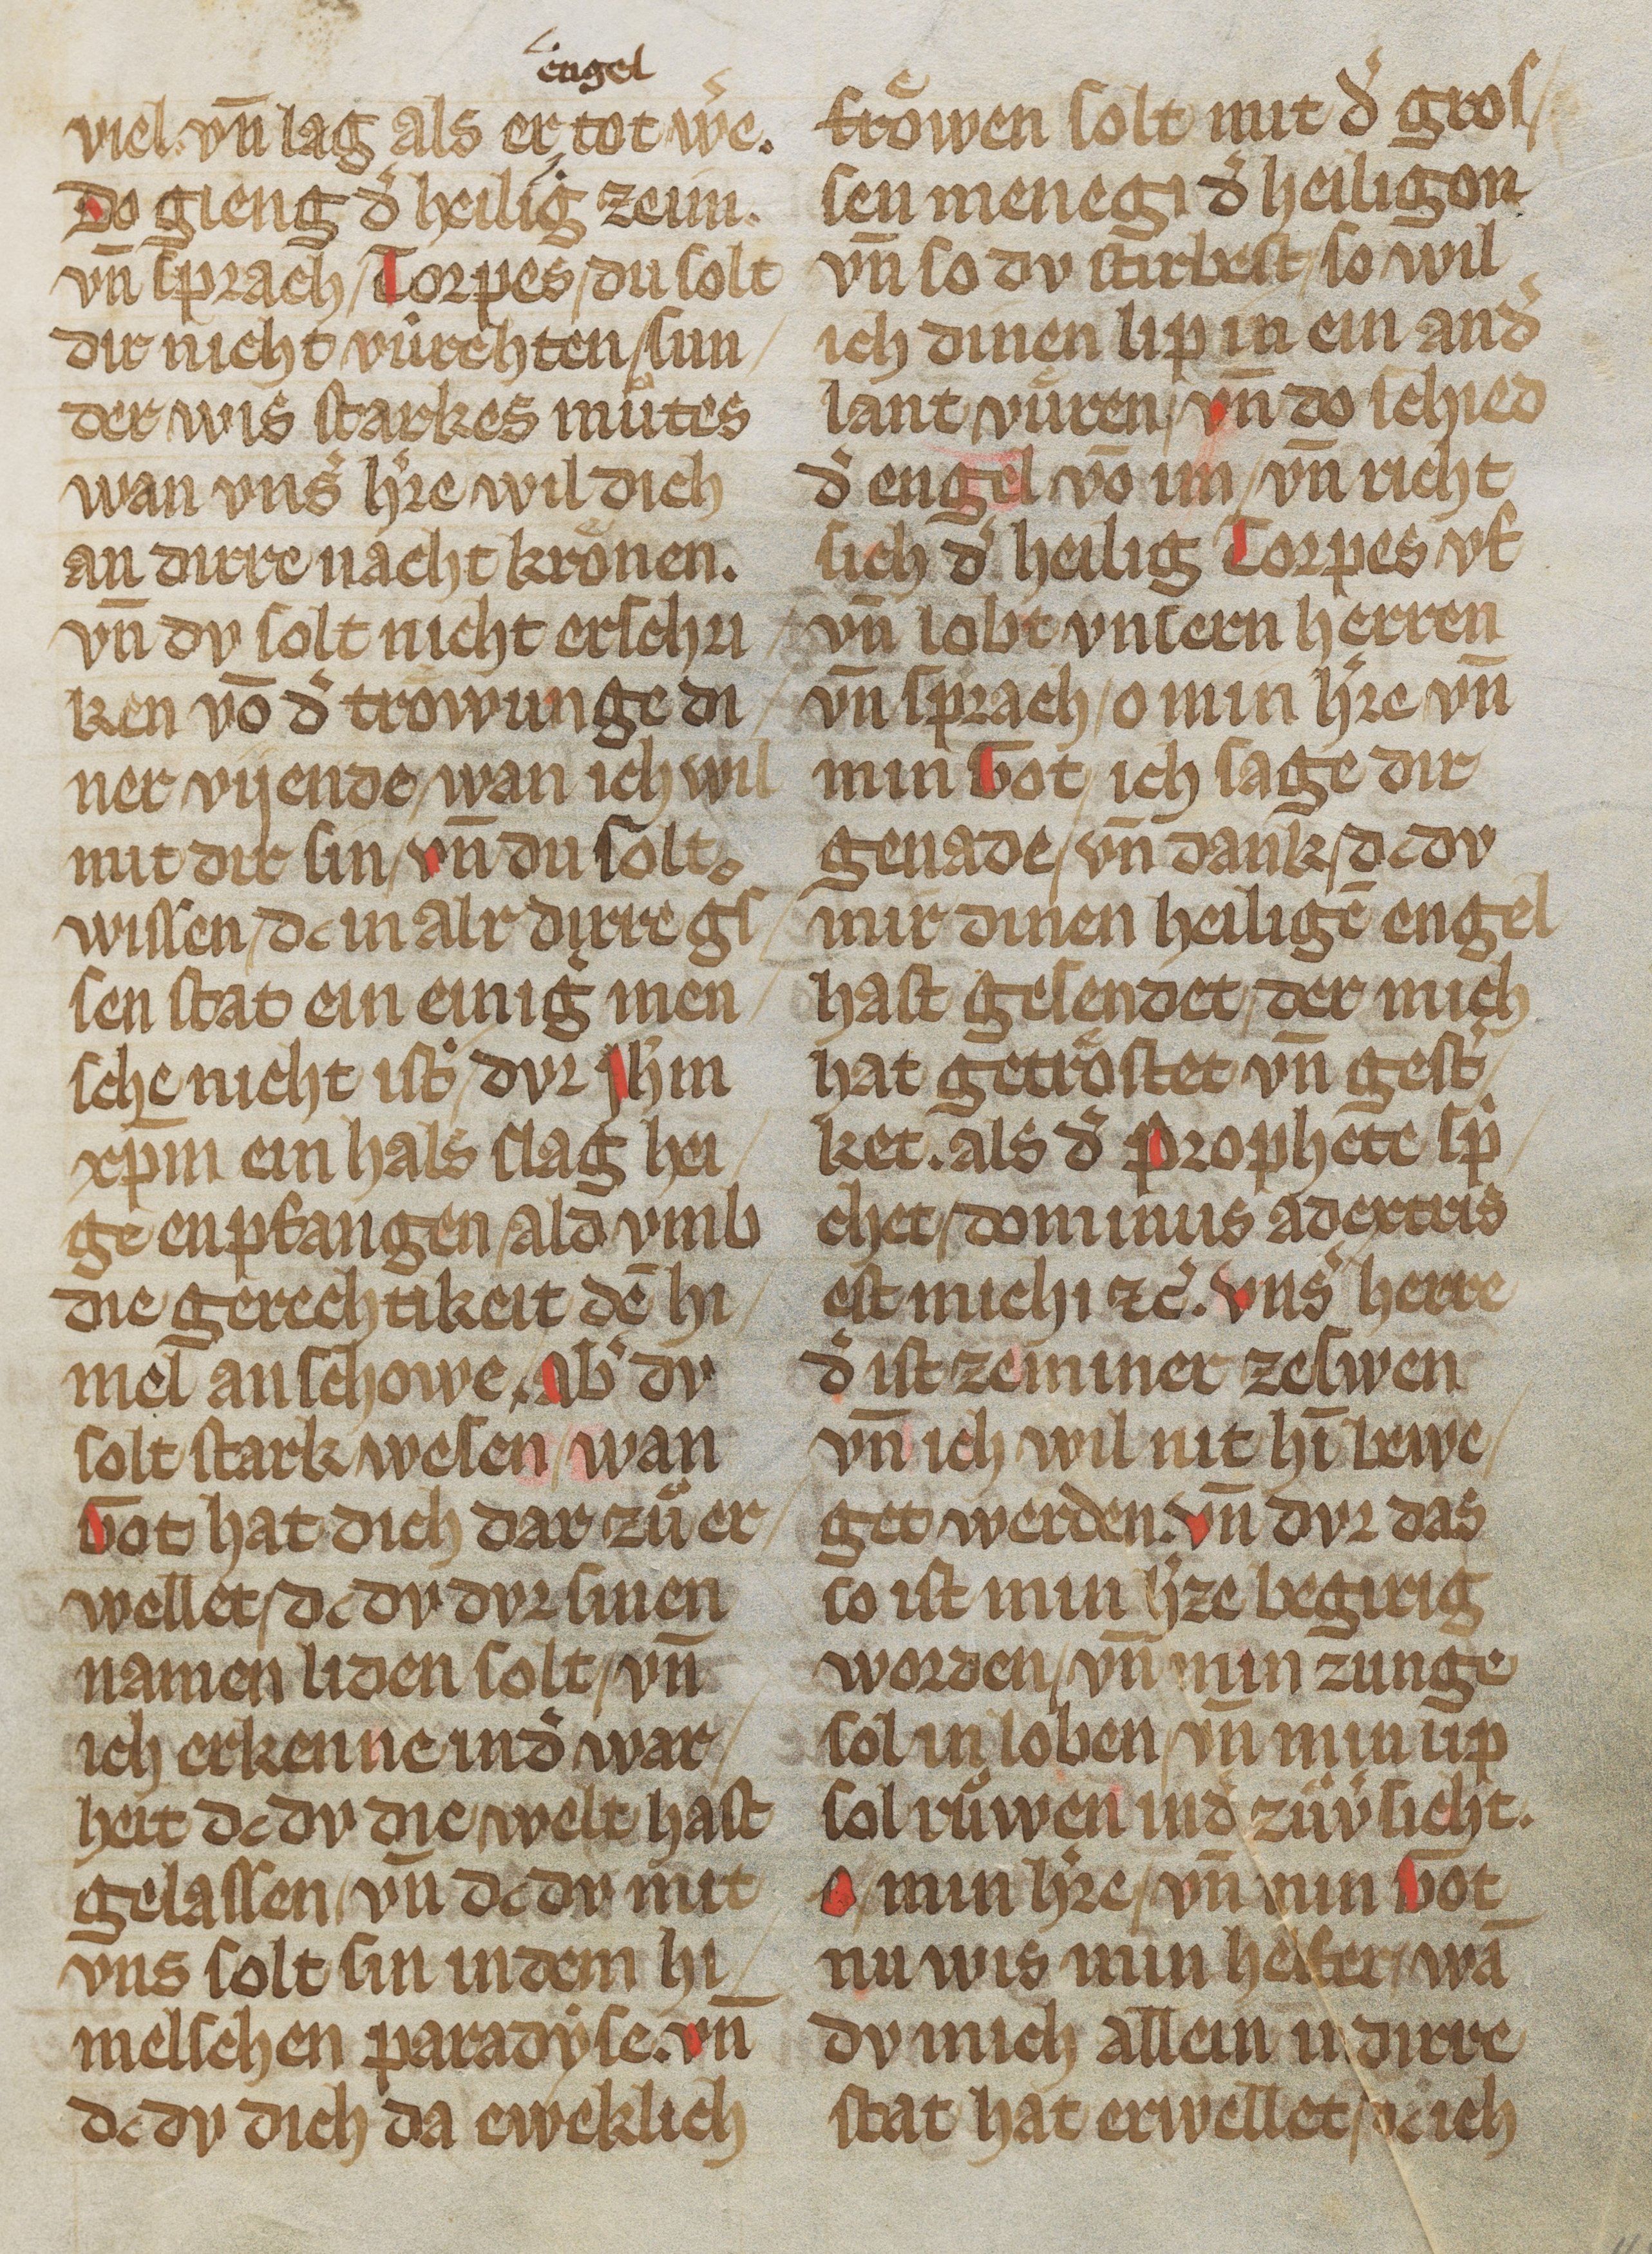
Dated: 1325–1349